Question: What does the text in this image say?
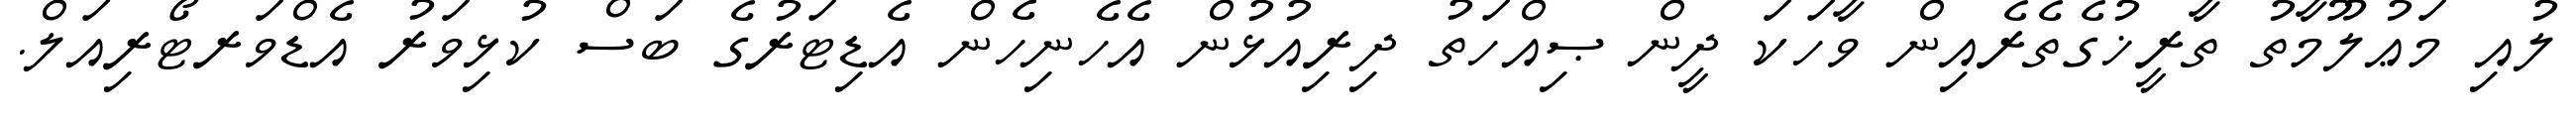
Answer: ލުއި މަޢުލޫމާތު ތާރީޚުގެތެރެއިން ވާހަކަ ދީން ޞިއްހަތު ދިރިއުޅުން އެހެނިހެން އެޑިޓަރުގެ ބަސް ކުޅިވަރު އެޑްވަރޓޯރިއަލް.